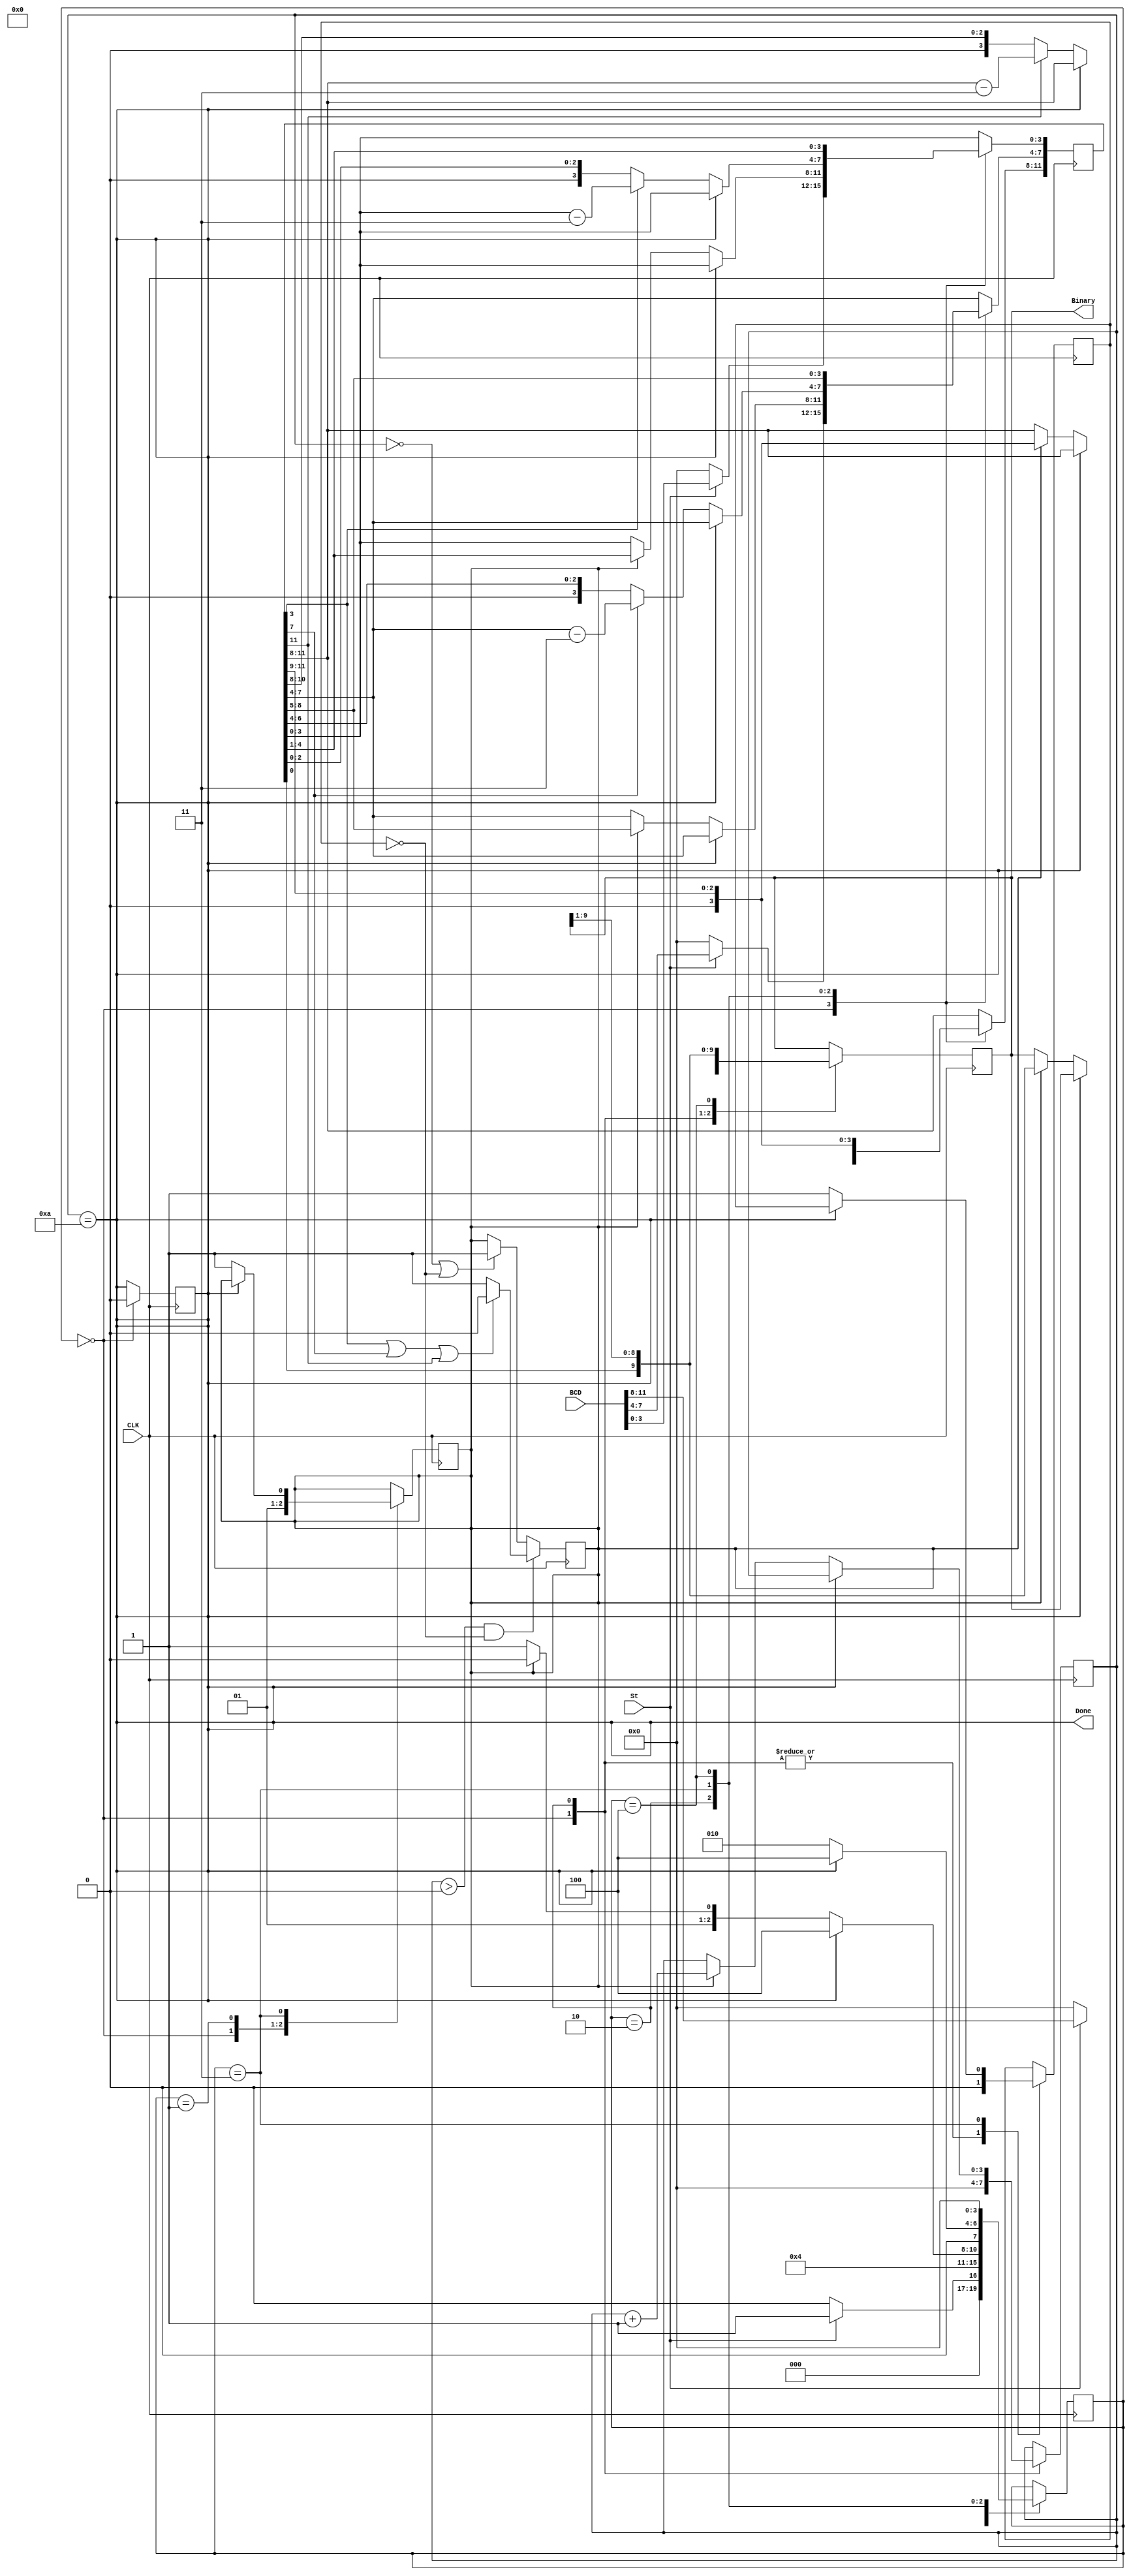
`timescale 1ns / 1ps
//////////////////////////////////////////////////////////////////////////////////
// Company: 
// Engineer: 
// 
// Design Name: 
// Module Name: HW2_BCD_to_Binary_Converter
// Project Name: 
// Target Devices: 
// Tool Versions: 
// Description: 
// 
// Dependencies: 
// 
// Revision:
// Revision 0.01 - File Created
// Additional Comments:
// 
//////////////////////////////////////////////////////////////////////////////////


module HW2_BCD_to_Binary_Converter(CLK, St, BCD, Done, Binary);
input CLK, St;
input [11:0] BCD;
output Done;
output [9:0] Binary;

// control citcuit variable definition
reg [3:0] State;
reg Shr, C9;

reg flag;

initial begin
    State = 0;
    Shr = 1'b0; 
    C9 = 1'b0;
    flag = 1'b0;
end

// datapath circuit variable definition
reg [11:0] A;
reg [9:0] B;
reg [3:0] counter;

initial begin
    A = 0;
    B = 0;
    counter = 0;
end

always @(posedge CLK) begin
    case(State)
        0: begin 
               Shr = 1'b0; 
               C9 = 1'b0;
               flag = 1'b0;
               A = 0;
               B = 0;
               counter = 0;
               if(St) begin State <= 1; A <= BCD; end
               else State <= 0;
           end
        1: begin State <= 2; Shr <= 1'b1; end
        2: begin
               flag <= 1'b0;
               if(C9) State <= 4;
               else begin
                    if(Shr == 1'b1) 
                        begin 
                            State <= 2; 
                            A <= {1'b0, A[11:1]}; 
                            B <= {A[0], B[9:1]}; 
                            counter <= counter + 1;
                        end
                    else State <= 3;
               end     
           end
        3: begin
               if(C9) State <= 4;
               else begin
                   State <= 2;
                   flag <= 1'b1;
                   Shr <= 1'b1;
                   if(A[3]) A[3:0] <= A[3:0] - 3;
                   if(A[7]) A[7:4] <= A[7:4] - 3;
                   if(A[11]) A[11:8] <= A[11:8] - 3;
               end
           end
        4: begin A <= {1'b0, A[11:1]}; B <= {A[0], B[9:1]}; State <= 0; end
    endcase
end

always @(negedge CLK) begin
   if(counter > 0 && flag == 1'b0) 
       begin
            if(A[3] || A[7] || A[11]) Shr <= 1'b0;
            else Shr <= 1'b1;
       end
   else if(counter == 0 || flag == 1'b0)
       begin
           Shr <= 1'b1;
       end
end

always @(counter) begin
    C9 <= (counter == 10);
end

assign Binary = B;
assign Done = C9;

endmodule